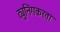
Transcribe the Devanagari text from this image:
ट्युनिंगकरता